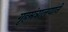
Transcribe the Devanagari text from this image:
गृहमंत्रालयाने